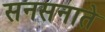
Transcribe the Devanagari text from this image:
सनसनाते